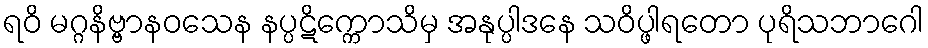
ရဝိ မဂ္ဂနိဗ္ဗာနဝသေန နပ္ပဋိက္ကောသိမှ အနုပ္ပါဒနေ သဝိပ္ဖါရတော ပုရိသဘာဂေါ